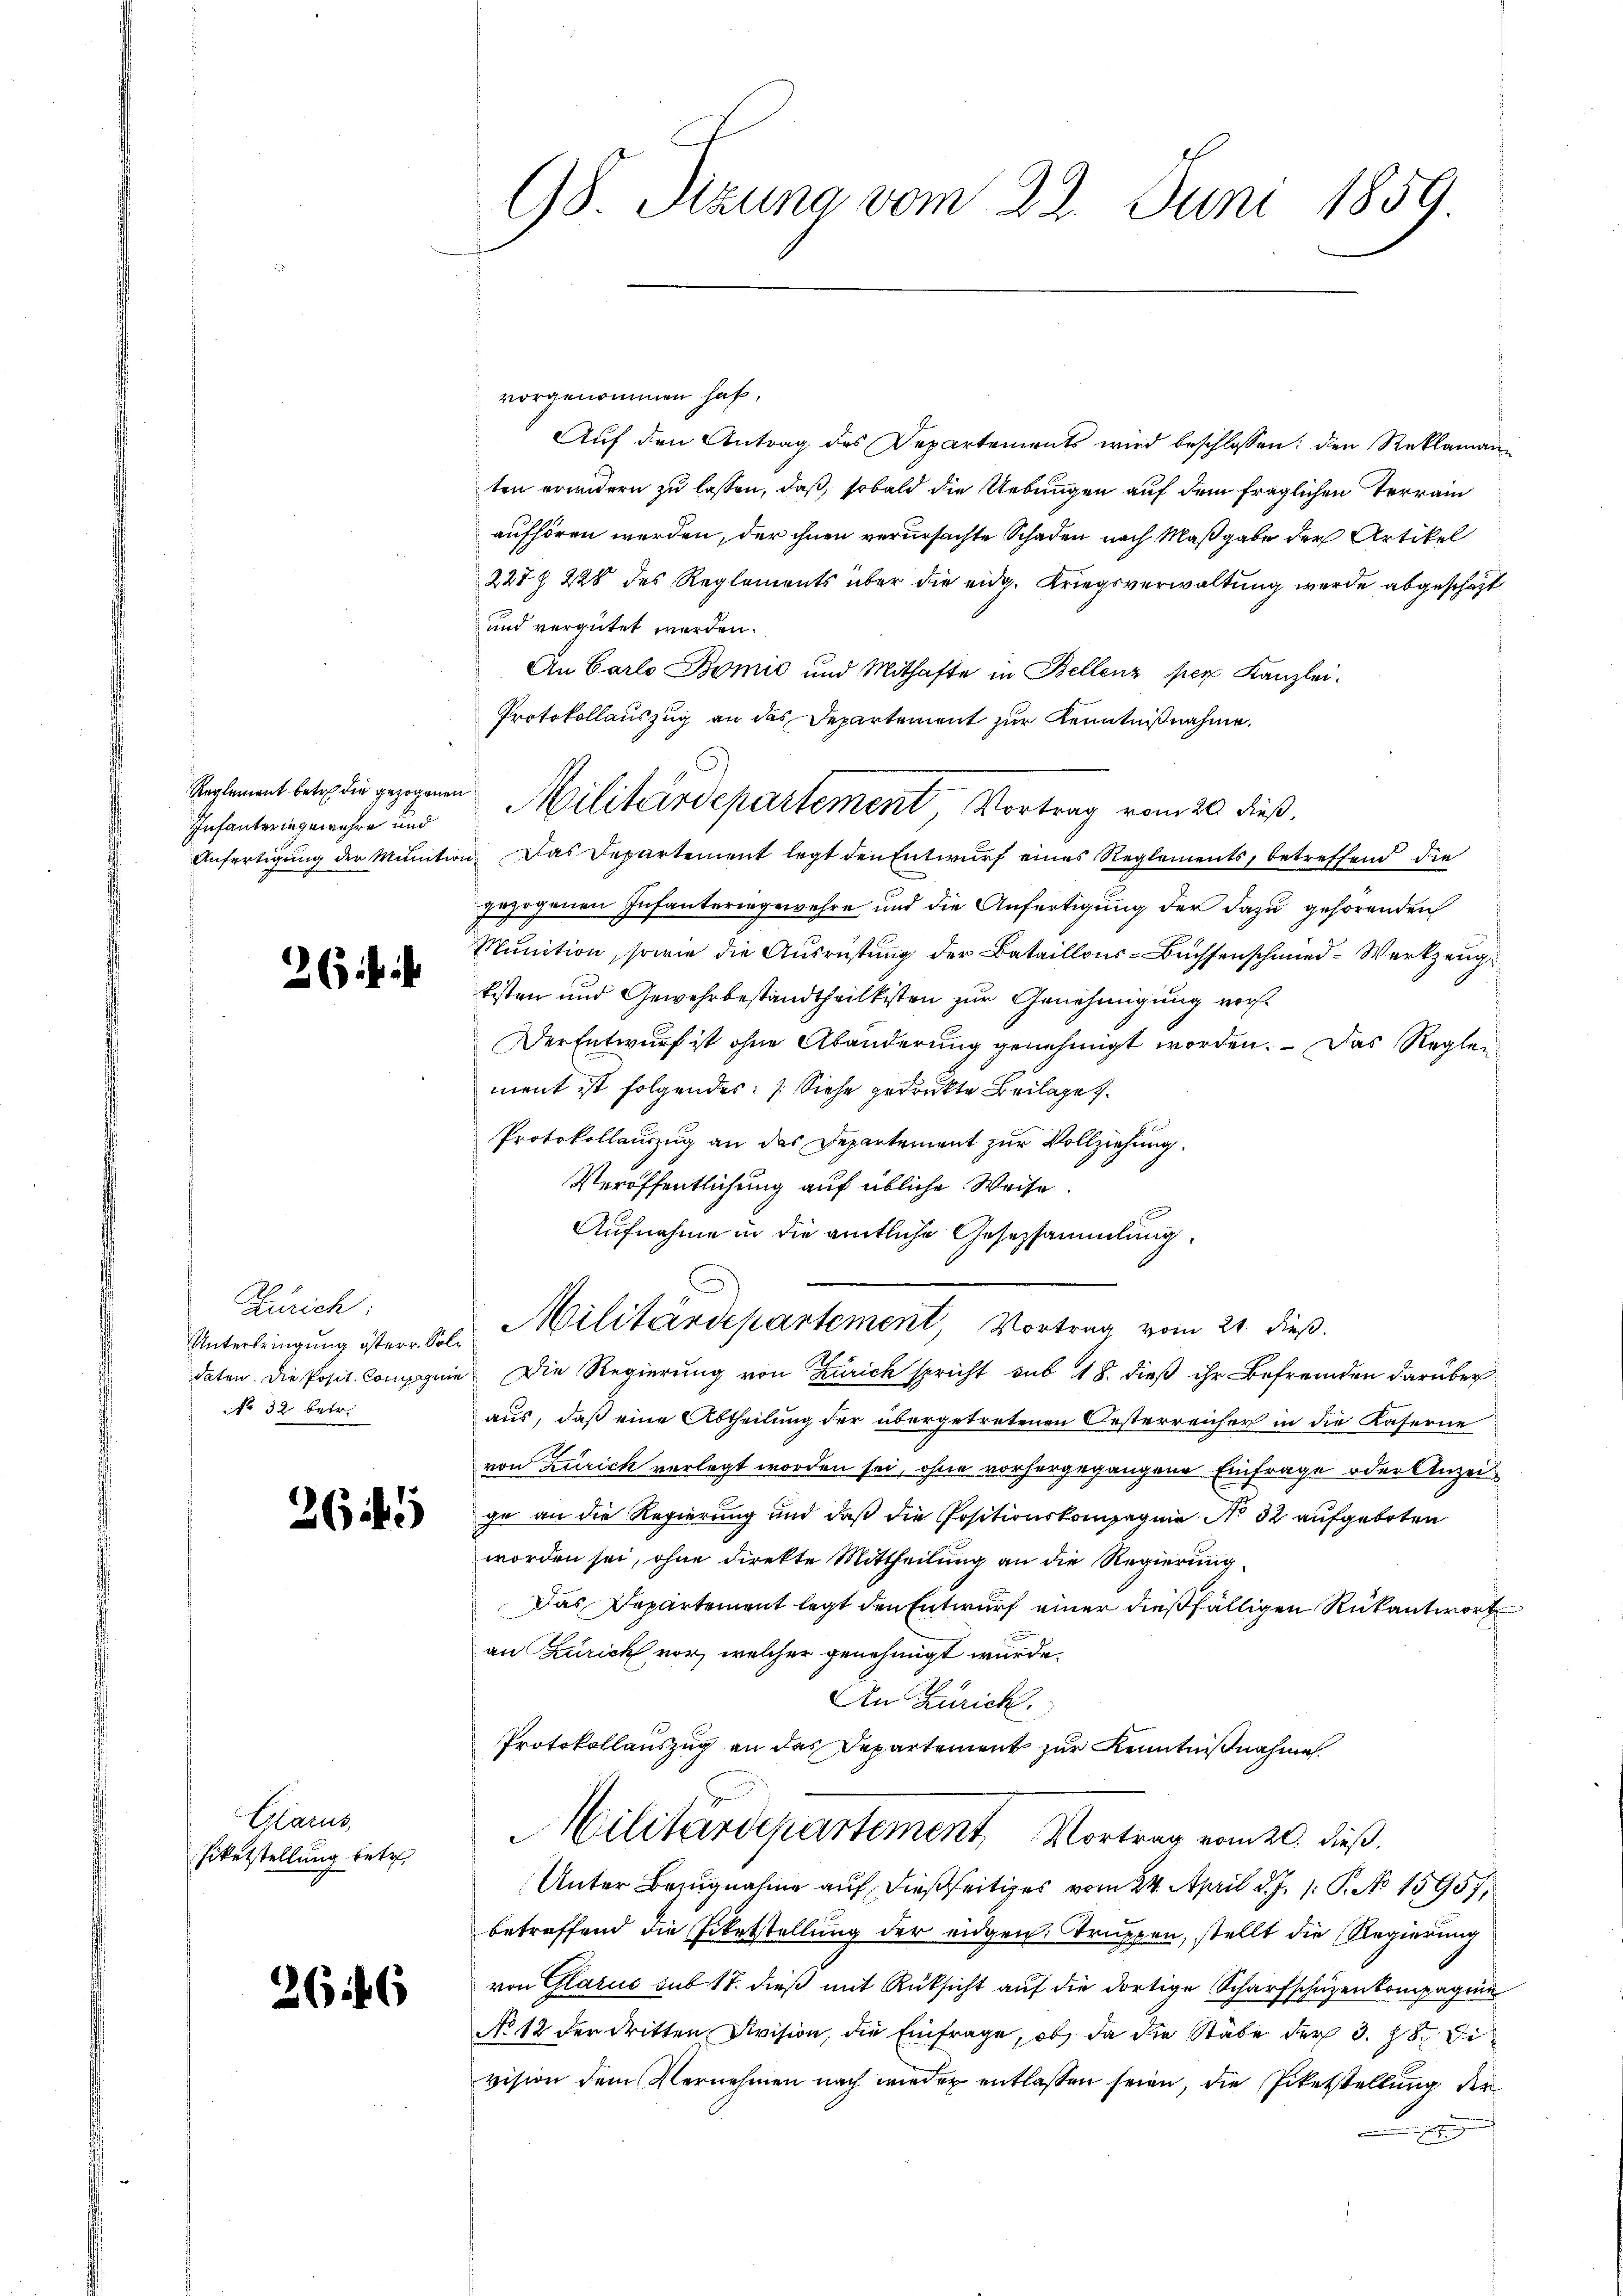
Reglement betr. die gezogenen
Infanteringewehre und
Anfertigung der Munition

26 f.

Zürich
Unterbringung isterr. Soldaten. Die Posit. Compagnie
No 32. betr.

26145

Glarus,
Fiketstellung betr.

2646

98. Sitzung vom 22. Juni 1859

vorgenommen hat,
Auf den Antrag des Departements wird beschlossen: den Reklamann
ten erwidern zu lassen, daß, sobald die Uebungen auf dem fraglichen Terrain
aufhören werden, der ihnen verursachte Schaden nach Maßgabe der Artikel
227 § 228 des Reglements über die eidg. Kriegsverwaltung wurde abgeschaft
und vergütet werden.
An Carlo Bomić und Mithafte in Bellenz per Kanzlei.
Protokollauszug an das Departement zur Kenntnißnahme.
 Das Departement legt den Entwurf eines Reglements, betreffend die
gezogenen Infanteringewehre und die Anfertigung der dazu gehörenden
Munition, sowie die Ausrüstung der Bataillons-Buchsenschmied-Werkzeug
kisten und Gewehrbestandtheilkisten zur Genehmigung vor¬
Der Entwurf ist ohne Abänderung genehmigt worden. – Das Reglen
ment ist folgendes: (Siehe gedruckte Beilage.
Protokollauszug an das Departement zur Vollziehung.
Veröffentlichung auf übliche Weise.
Aufnahme in die amtliche Gesetzsammlung.
Militärdepartement, Vortrag vom 21. dieß.
Die Regierung von Zürich spricht sub 18. dieß ihr Befremden darüber
aus, daß eine Abtheilung der übergetretenen Oesterreicher in die Kaserne
von Zürich vorlegt worden sei, ohne vorhergegangene Einfrage oder Anzeiihr an die Regierung und daß die Positionskompagnie No 32 aufgeboten
worden sei, ohne direkte Mittheilung an die Regierung
Das Departement legt den Entwurf einer dießfälligen Rükantwort
an Zürich vor, welcher genehmigt wurde.
An Zürich.
Protokollauszug an das Departement zur Kenntnißnahme
Militärdepartement Vortrag vom 20. dieß.
Unter Bezugnahme auf dießseitiges vom 24. April d. J. 1. P. No 15957,
betreffend die Filetstellung der eidgen. Truppen, stellt die Regierung
von Glarus sub 18. dieß mit Rüksicht auf die dortige Scharfschützenkompagnie
No 12 der dritten Division, die Einfrage, ob, da die Stäbe der 3. 18. Di
vision dem Vernehmen nach wieder entlassen seien, die Pietstellung der
e

Militärdepartement Vortrag vom 20. dieß.